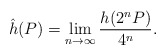
\begin{align*} \hat{h}(P) = \lim_{n \to \infty} \frac{h(2^{n} P)}{4^{n}}.\end{align*}